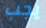
يجب